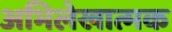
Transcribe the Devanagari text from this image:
अभिलेखात्मक